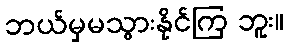
ဘယ်မှမသွားနိုင်ကြ ဘူး။